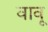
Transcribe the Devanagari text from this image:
वावू